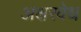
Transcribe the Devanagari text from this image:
अक्षरवेध